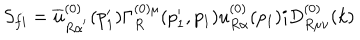
S _ { f i } = \overline { { { u } } } _ { R \alpha ^ { ^ { \prime } } } ^ { ( 0 ) } ( p _ { 1 } ^ { \prime } ) \Gamma _ { R } ^ { ( 0 ) \mu } ( p _ { 1 } ^ { \prime } , p _ { 1 } ) u _ { R \alpha } ^ { ( 0 ) } ( p _ { 1 } ) i D _ { R \mu \nu } ^ { ( 0 ) } ( k )